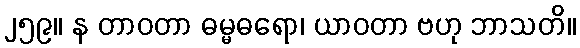
၂၅၉။ န တာဝတာ ဓမ္မဓရော၊ ယာဝတာ ဗဟု ဘာသတိ။